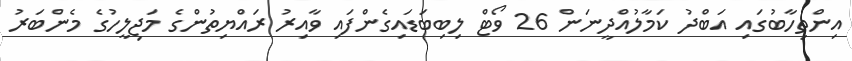
އިންތިހާބުގައި އަބްދު ކަމާލުއްދީނަން 26 ވޯޓް ލިބިބަޑައިގެންފައި ވާއިރު ރައްޔިތުންގެ މަޖިލީހުގެ މެންބަރު